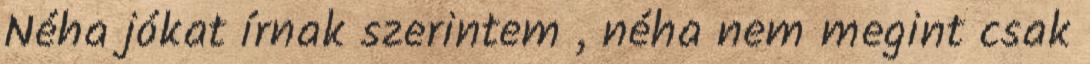
Néha jókat írnak szerintem , néha nem megint csak